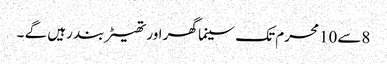
8سے10محرم تک سینما گھر اور تھیٹر بند رہیں گے ۔